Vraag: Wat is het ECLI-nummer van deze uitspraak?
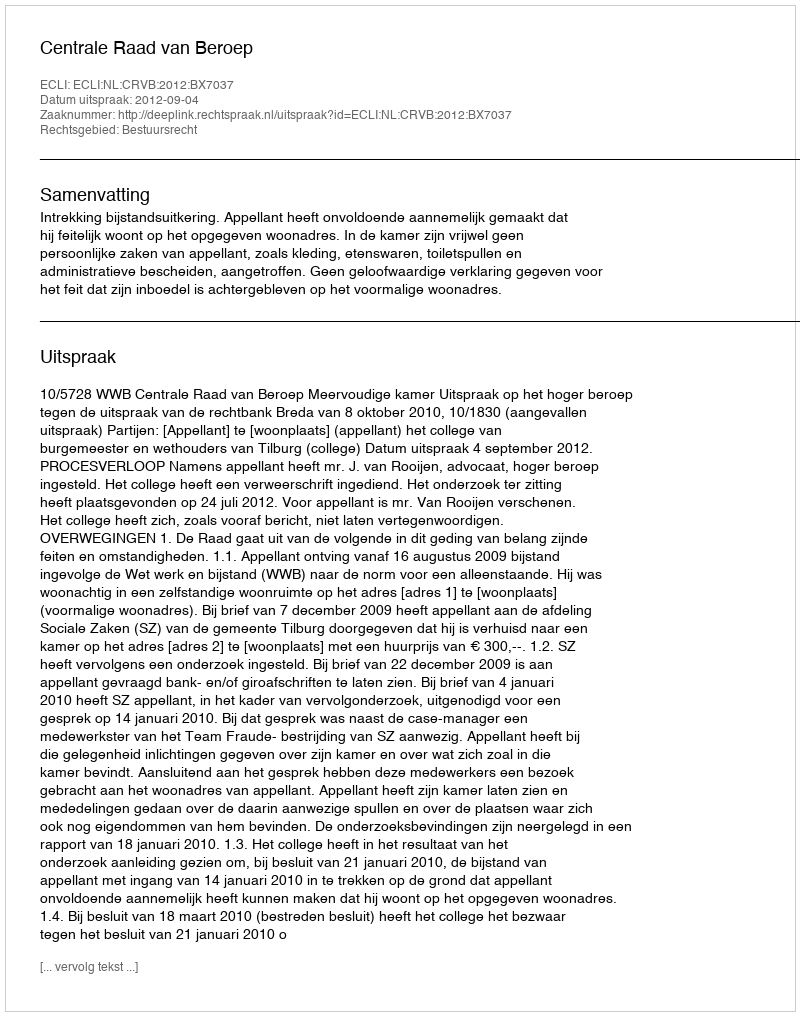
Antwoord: ECLI:NL:CRVB:2012:BX7037